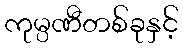
ကုမ္ပဏီတစ်ခုနှင့်